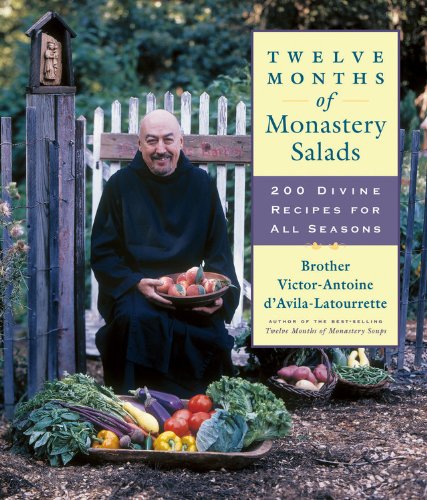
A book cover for Twelve Months of Monastery Salads: 200 Divine Recipes for All Seasons; Victor Antoine  d'Avila-Latourrette; Cookbooks, Food & Wine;